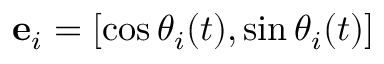
\mathbf { e } _ { i } = [ \cos \theta _ { i } ( t ) , \sin \theta _ { i } ( t ) ]